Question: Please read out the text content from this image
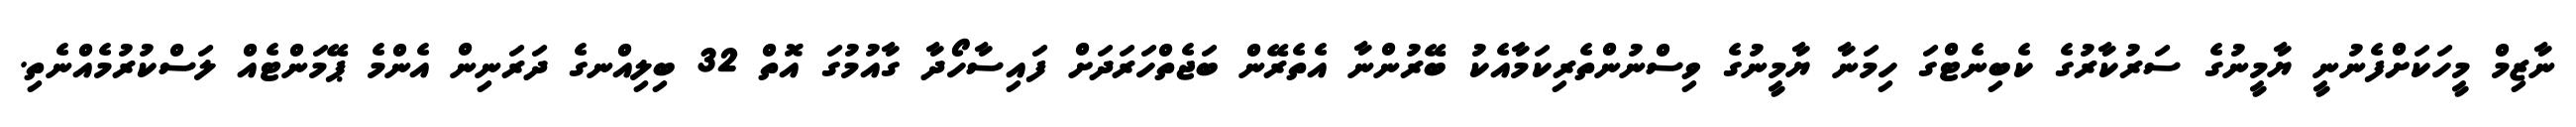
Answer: ނާޒިމް މީހަކަށްފެނުނީ ޔާމީނުގެ ސަރުކާރުގެ ކެބިނެޓްގަ ހިމަނާ ޔާމީނުގެ ވިސްނުންތެރިކަމާއެކު ބޭރުންނާ އެތެރޭން ބަޖެތްހަރަދަށް ފައިސާހޯދާ ގާއުމުގަ އޮތް 32 ބިލިއްނގެ ދަރަނިން އެންމެ ޕޭމަންޓެއް ލަސްކުރުމެއްނެތި.